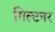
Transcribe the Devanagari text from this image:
गिल्टनर